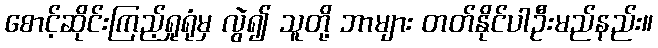
စောင့်ဆိုင်းကြည့်ရှုရုံမှ လွဲ၍ သူတို့ ဘာများ တတ်နိုင်ပါဦးမည်နည်း။